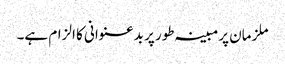
ملزمان پرمبینہ طور پر بدعنوانی کا الزام ہے۔